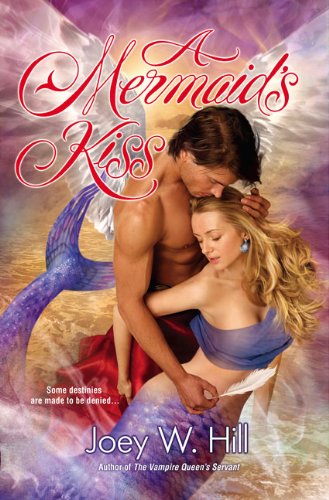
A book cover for A Mermaid's Kiss (Berkley Sensation); Joey W. Hill; Romance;